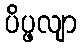
ပိပ္ဖလျာ